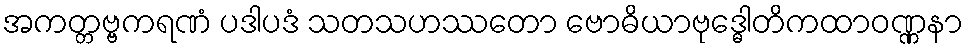
အကတ္တဗ္ဗကရဏံ ပဒါပဒံ သတသဟဿတော ဗောဓိယာဗုဒ္ဓေါတိကထာဝဏ္ဏနာ